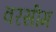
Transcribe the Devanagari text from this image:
वरसीम